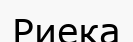
Риека